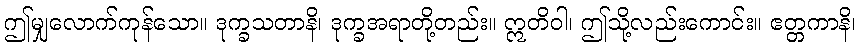
ဤမျှလောက်ကုန်သော။ ဒုက္ခသတာနိ၊ ဒုက္ခအရာတို့တည်း။ ဣတိဝါ၊ ဤသို့လည်းကောင်း။ ဧတ္တကာနိ၊